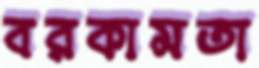
বরকামতা